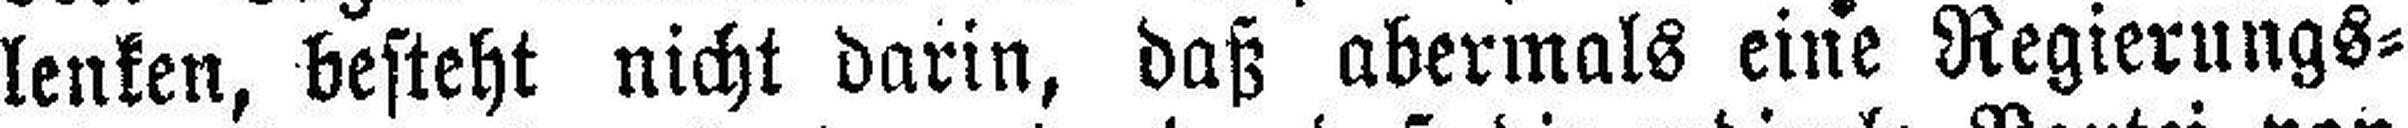
lenken, besteht nicht darin, daß abermals eine Regierungs¬